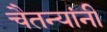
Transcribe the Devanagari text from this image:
चैतन्यांनी